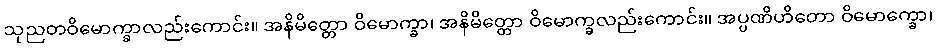
သုညတဝိမောက္ခာလည်းကောင်း။ အနိမိတ္တော ဝိမောက္ခာ၊ အနိမိတ္တော ဝိမောက္ခလည်းကောင်း။ အပ္ပဏိဟိတော ဝိမောက္ခော၊